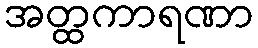
အတ္ထကာရဏာ